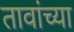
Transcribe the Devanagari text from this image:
तावांच्या